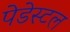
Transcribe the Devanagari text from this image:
पेडेस्टल